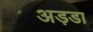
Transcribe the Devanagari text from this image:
अड़डा